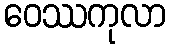
ဝေဿကုလာ